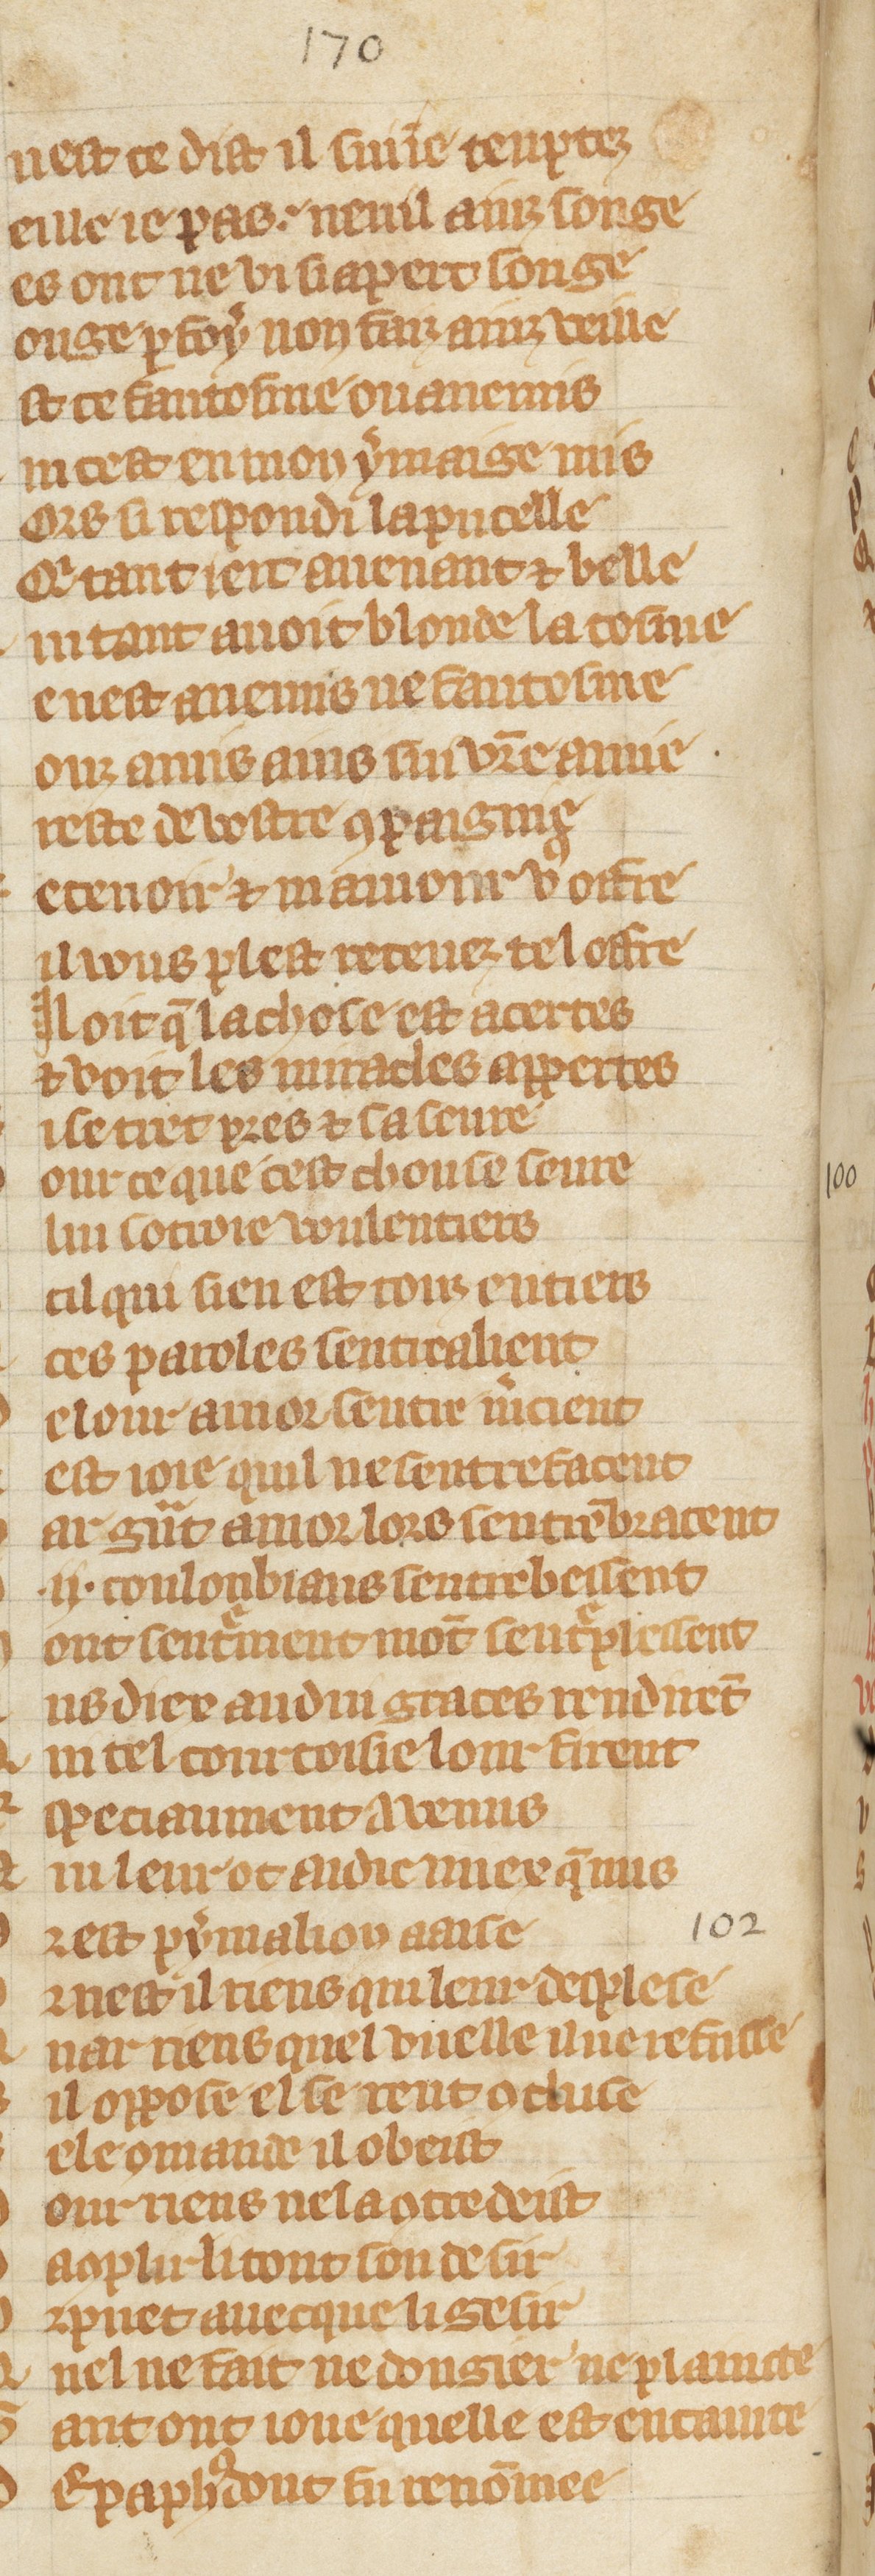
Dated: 1300–1349